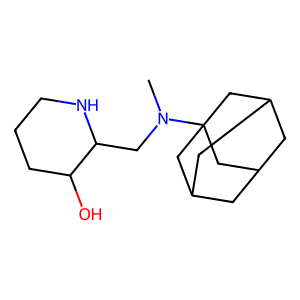
SMILES: CN(CC1NCCCC1O)C12CC3CC(CC(C3)C1)C2
Inhibits HIV replication: No